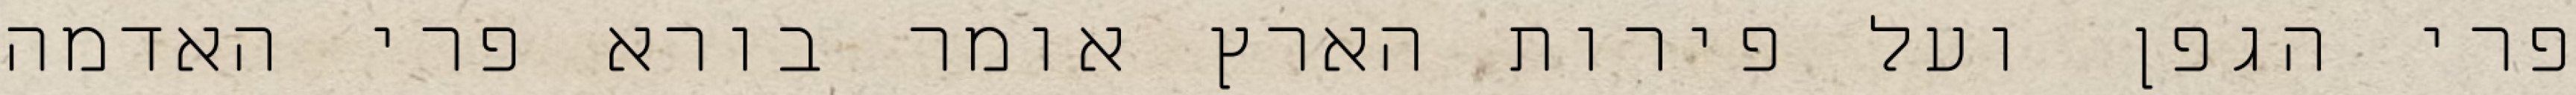
פרי הגפן ועל פירות הארץ אומר בורא פרי האדמה